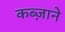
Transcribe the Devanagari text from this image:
कब्ज़ाने